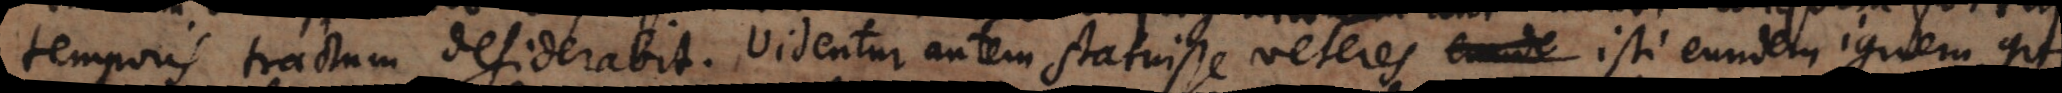
temporis tractum desiderabit. Videntur autem statuisse veteres isti eundem ignem qui